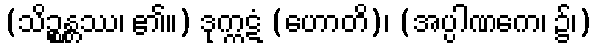
(သိဉ္စန္တ္တဿ၊ ၏။) ဒုက္ကဋံ (ဟောတိ)၊ (အပ္ပါဏကေ၊ ၌၊)